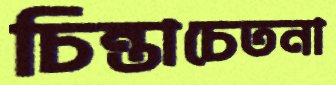
চিন্তাচেতনা